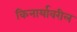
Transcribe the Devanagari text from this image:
किनार्यावरील